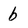
Character: b